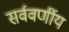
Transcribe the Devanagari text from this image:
सर्ववर्णीय